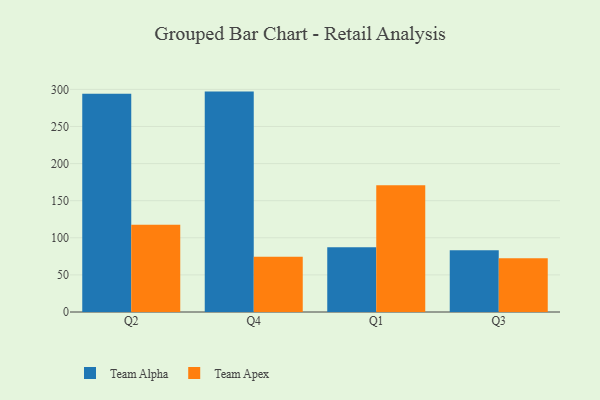
{"axis": {"x": "Quarter", "y": "Customer Acquisition Cost (USD)"}, "legend": ["Team Alpha", "Team Apex"], "data": [{"x": "Q2", "y": 294.0, "type": "Team Alpha"}, {"x": "Q2", "y": 117.5, "type": "Team Apex"}, {"x": "Q4", "y": 297.0, "type": "Team Alpha"}, {"x": "Q4", "y": 74.3, "type": "Team Apex"}, {"x": "Q1", "y": 87.1, "type": "Team Alpha"}, {"x": "Q1", "y": 170.7, "type": "Team Apex"}, {"x": "Q3", "y": 83.1, "type": "Team Alpha"}, {"x": "Q3", "y": 72.4, "type": "Team Apex"}]}